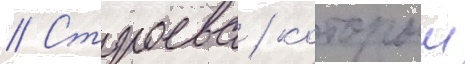
// Строева / которыи